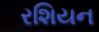
રશિયન